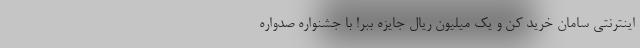
اینترنتی سامان خرید کن و یک میلیون ریال جایزه ببر! با جشنواره صدواره